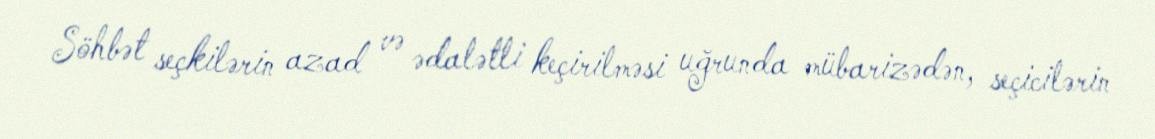
Söhbət seçkilərin azad və ədalətli keçirilməsi uğrunda mübarizədən, seçicilərin